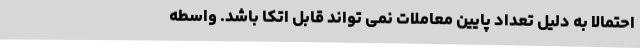
احتمالا به دلیل تعداد پایین معاملات نمی تواند قابل اتکا باشد. واسطه